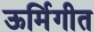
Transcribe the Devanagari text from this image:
ऊर्मिगीत